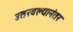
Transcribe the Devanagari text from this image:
उतरवल्यानंतर